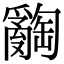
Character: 𤕅